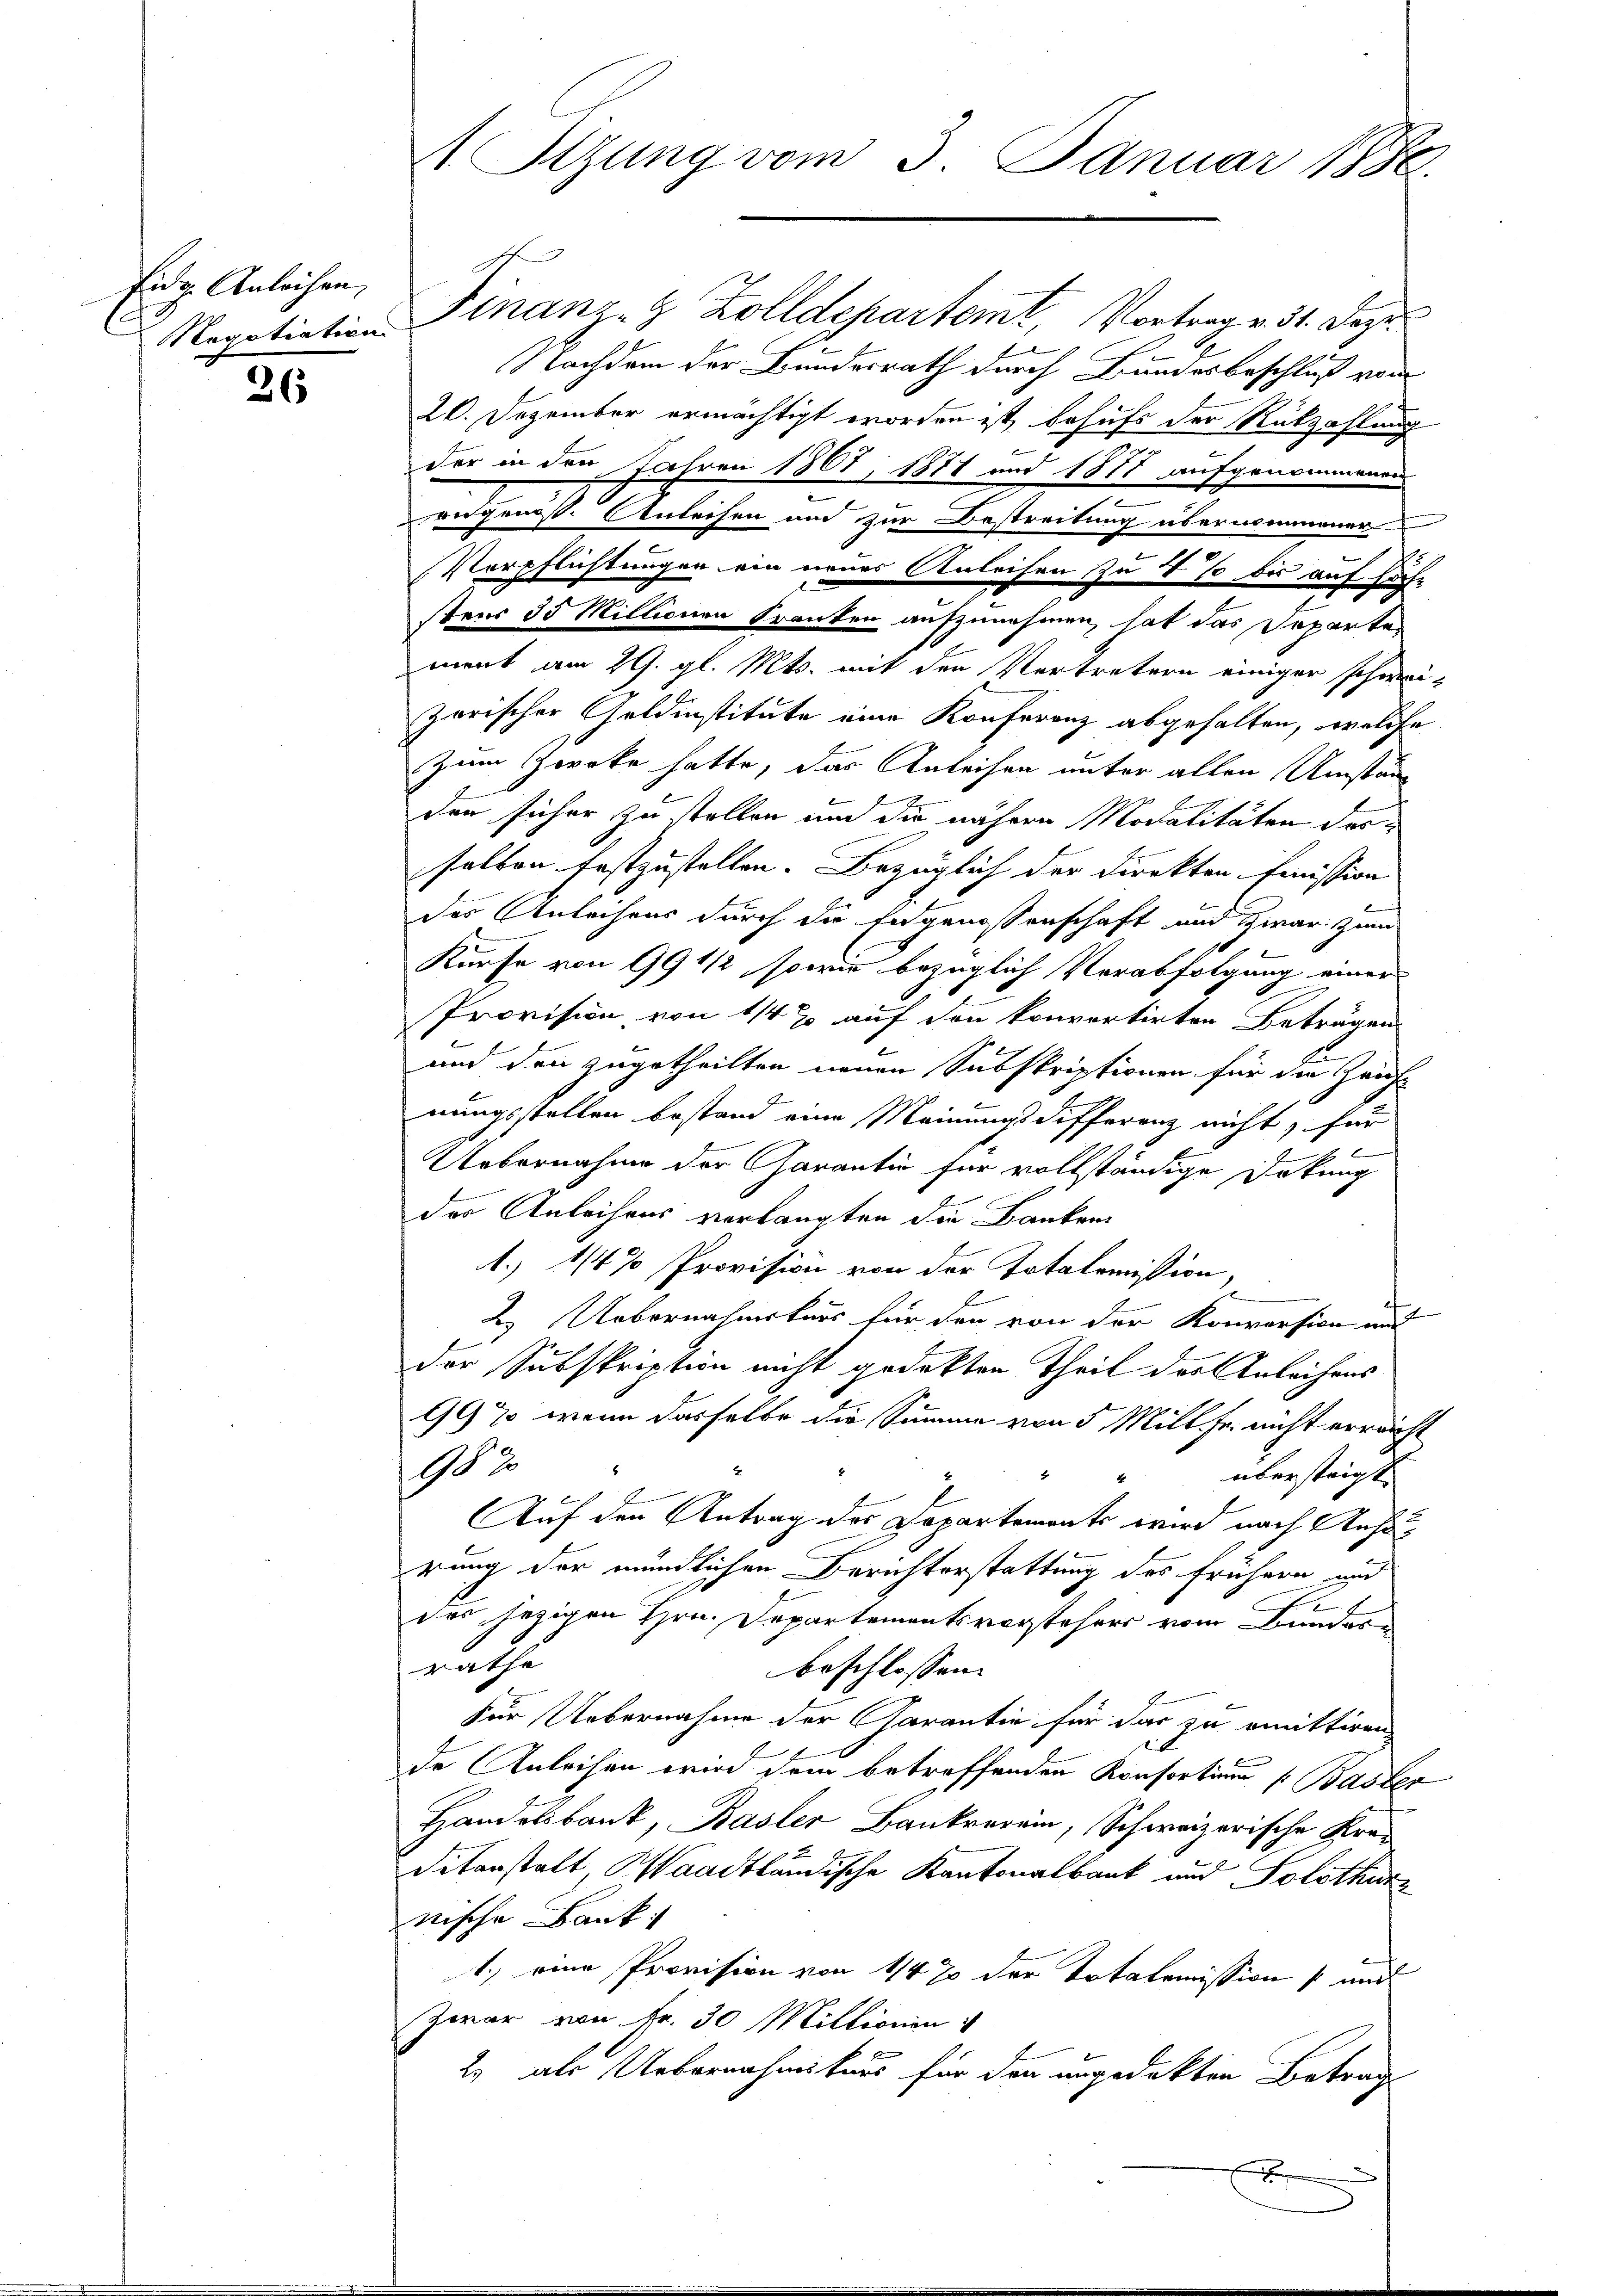
Eidg. Anleihen,
Regotiation

26

1 Sizung vom 3. Januar 1886.

Finanz-Z Zolldepartemt, Vortrag v. 31. Deze
Nachdem der Bundesrath durch Bundesbeschluß vom
26. Dezember ermächtigt worden ist, behufs der Rückzahlung
der in den Jahren 1867, 1871 und 1871 aufgenommenen
andgenoss. Anleihen und zur Bestreitung übernommener
Verpflichtungen ein neues Anleihen zu 4 % bis auf höhe
stens 35 Millionen Kranken aufzunehmen, hat das Departe
merk am 29. gl. Mts. mit den Vertretern einiger schweizorischer Geldinstitute eine Konferenz abgehalten, welche
Zum Zwecke hatte, das Anleihen unter allen Umstän-
B
den sicher zu stellen und die nähere Modalitäten desselben festzustellen. Bezüglich der Direkten. Emission
des Anleihens durch die Eidgenossenschaft und zwar zum
Kurse von 99112, sowie bezüglich Verabfolgung einer
Provision von 1/4 % auf den konvertirten Beträgen
und den zugetheilten neuen Subskriptionen für die Zeich
nungsstellen bestand eine Meinungsdifferenz nicht, für
Uebernahme der Garantie für vollständige Dokung
der Anleiheus verlangten die Banken
1.) 1/4% Provision von der Totalemission,
2. Uebernahmskurs für den von der Konversion auf
der Subskription nicht gedekten Theil der Anleihens
99% wenn dasselbe die Summe von 5 Mill Fr. nicht erreicht
A 2
übersteigt.
Auf den Antrag des Departements wird nach Anhörung der mündlichen Berichterstattung des frühern und
des jezigen Hrn. Departementsvorstehers vom Bundes
rathe
beschlossen:
für Uebernahme der Garantie für das zu emittiren
8
de Anleihen wird dem betreffenden Konsortion v. Basler
Handelsbank, Basler Bankverein, Schweizerische Kreditanstalt Waadtländische Kantonalbank und Solothurn
nische Bank:
1.) eine Provision von 1/4% der Totalemission und
Zwar von Fr. 30 Millionen
2. als Uebernahmikurs für den ungedekten Betrag
x